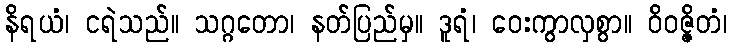
နိရယံ၊ ငရဲသည်။ သဂ္ဂတော၊ နတ်ပြည်မှ။ ဒူရံ၊ ဝေးကွာလှစွာ။ ဝိဝဇ္ဇိတံ၊